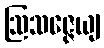
ဩသဇ္ဇေယျ